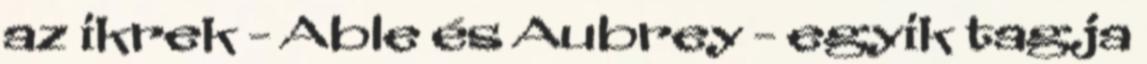
az ikrek - Able és Aubrey - egyik tagja